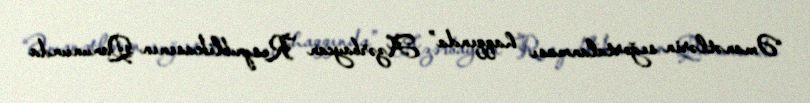
“Əmanətlərin sığortalanması haqqında” Azərbaycan Respublikasının Qanununda